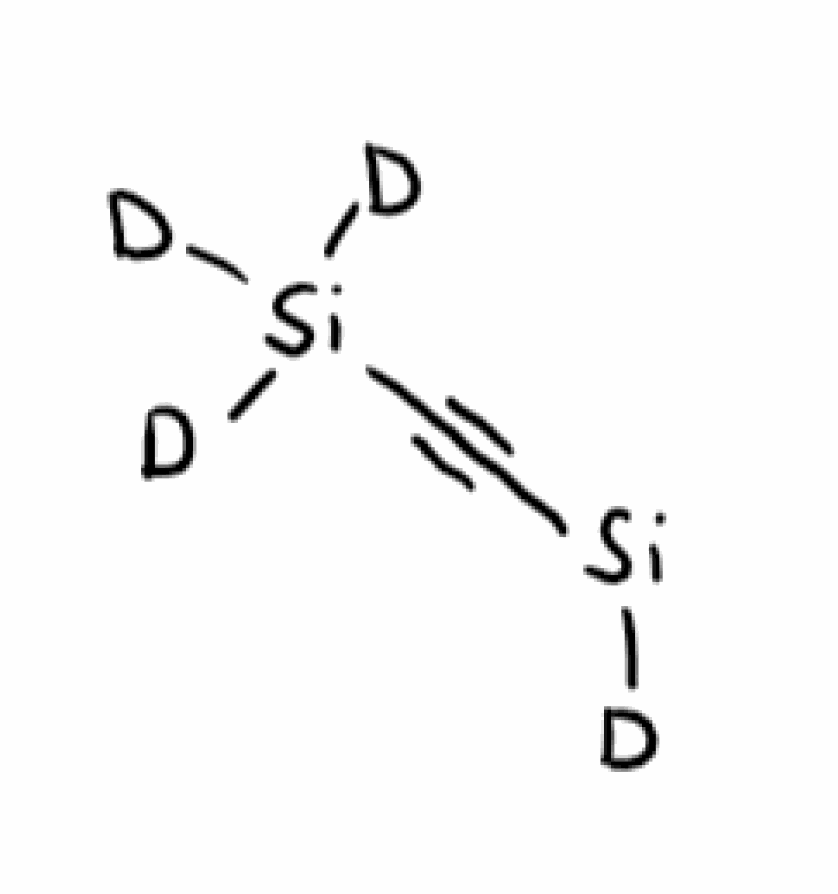
Simplified molecular-input line-entry system (SMILES) notation of the given molecule:
[2H][Si]C#C[Si]([2H])([2H])[2H]